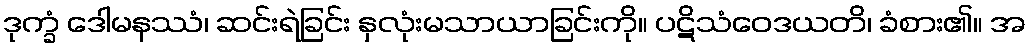
ဒုက္ခံ ဒေါမနဿံ၊ ဆင်းရဲခြင်း နှလုံးမသာယာခြင်းကို။ ပဋိသံဝေဒယတိ၊ ခံစား၏။ အ